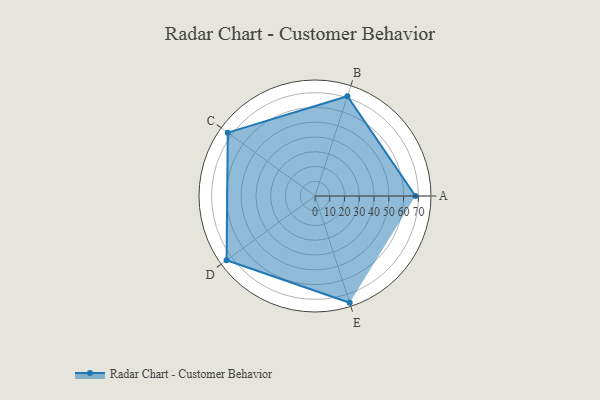
{"axis": {"x": "Skill", "y": "Score"}, "legend": ["Profile"], "data": [{"x": "A", "y": 68.0, "type": "Profile"}, {"x": "B", "y": 71.0, "type": "Profile"}, {"x": "C", "y": 73.0, "type": "Profile"}, {"x": "D", "y": 74.0, "type": "Profile"}, {"x": "E", "y": 76.0, "type": "Profile"}]}